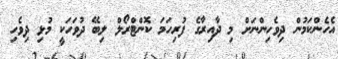
އެހެންކަމުން ދިވެހިންނަށް މި ދާއިރާގެ ފުރިހަމަ ކޮންޓްރޯލް ލިބޭ ދުވަހަކީ މުޅި ދިވެހި